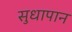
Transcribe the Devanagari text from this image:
सुधापान